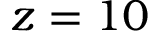
z = 1 0